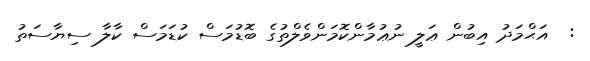
:  އަޙްމަދު އިބުން ޢަލީ ނުޢުމާންކޮމަންވެލްތުގެ ބޮޑުމަސް ކުޑަމަސް ކާލާ ސިޔާސަތު